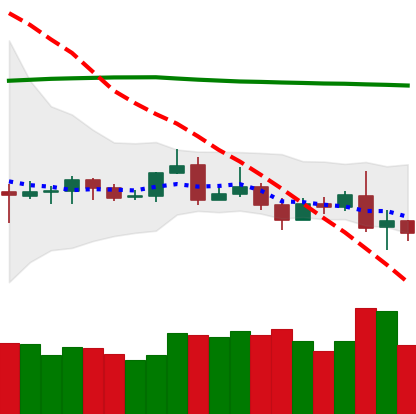
Ticker: ETC-USD
Chart end date: 2019-08-16
Forward return: 10.674%
Label: up_7plus